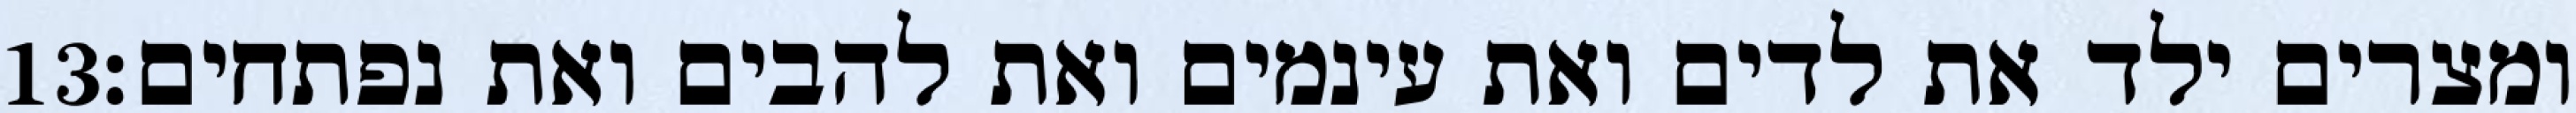
‎13‏ ומצרים ילד את לדים ואת עינמים ואת להבים ואת נפתחים׃